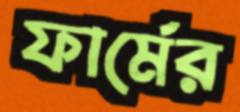
ফার্মের